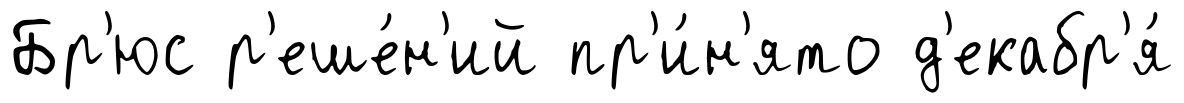
Бр'юс р'еше́н'ий пр'и́н'ято д'екабр'я́